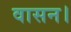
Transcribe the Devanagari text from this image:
वासन।